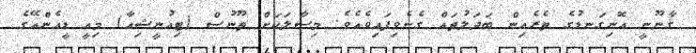
ޤާނޫނީ އޮނިގަނޑުގެ ތެރެއިން ބަދަލުތައް ގެނެވިފައިވެއެވެ. މިސާލަކަށް ތޫނުސް (ޓިއުނީޝިއާ) މިއީ ޑީއެންއޭގެ